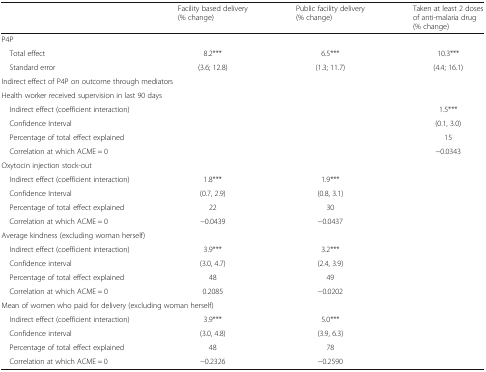
<table><thead><tr><td></td><td><b>Facility based delivery (% change)</b></td><td><b>Public facility delivery (% change)</b></td><td><b>Taken at least 2 doses of anti-malaria drug (% change)</b></td></tr></thead><tbody><tr><td colspan="4">P4P</td></tr><tr><td> Total effect</td><td>8.2***</td><td>6.5***</td><td>10.3***</td></tr><tr><td> Standard error</td><td>(3.6; 12.8)</td><td>(1.3; 11.7)</td><td>(4.4; 16.1)</td></tr><tr><td colspan="4">Indirect effect of P4P on outcome through mediators</td></tr><tr><td colspan="4">Health worker received supervision in last 90 days</td></tr><tr><td> Indirect effect (coefficient interaction)</td><td></td><td></td><td>1.5***</td></tr><tr><td> Confidence Interval</td><td></td><td></td><td>(0.1, 3.0)</td></tr><tr><td> Percentage of total effect explained</td><td></td><td></td><td>15</td></tr><tr><td> Correlation at which ACME = 0</td><td></td><td></td><td>−0.0343</td></tr><tr><td colspan="4">Oxytocin injection stock-out</td></tr><tr><td> Indirect effect (coefficient interaction)</td><td>1.8***</td><td>1.9***</td><td></td></tr><tr><td> Confidence Interval</td><td>(0.7, 2.9)</td><td>(0.8, 3.1)</td><td></td></tr><tr><td> Percentage of total effect explained</td><td>22</td><td>30</td><td></td></tr><tr><td> Correlation at which ACME = 0</td><td>−0.0439</td><td>−0.0437</td><td></td></tr><tr><td colspan="4">Average kindness (excluding woman herself)</td></tr><tr><td> Indirect effect (coefficient interaction)</td><td>3.9***</td><td>3.2***</td><td></td></tr><tr><td> Confidence interval</td><td>(3.0, 4.7)</td><td>(2.4, 3.9)</td><td></td></tr><tr><td> Percentage of total effect explained</td><td>48</td><td>49</td><td></td></tr><tr><td> Correlation at which ACME = 0</td><td>0.2085</td><td>−0.0202</td><td></td></tr><tr><td colspan="4">Mean of women who paid for delivery (excluding woman herself)</td></tr><tr><td> Indirect effect (coefficient interaction)</td><td>3.9***</td><td>5.0***</td><td></td></tr><tr><td> Confidence interval</td><td>(3.0, 4.8)</td><td>(3.9, 6.3)</td><td></td></tr><tr><td> Percentage of total effect explained</td><td>48</td><td>78</td><td></td></tr><tr><td> Correlation at which ACME = 0</td><td>−0.2326</td><td>−0.2590</td><td></td></tr></tbody></table>